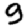
Digit: 9